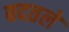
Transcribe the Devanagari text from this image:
बदतले